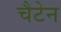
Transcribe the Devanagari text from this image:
चैटेन